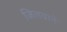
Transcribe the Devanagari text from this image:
जिलवाने